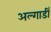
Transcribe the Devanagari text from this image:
अल्गार्डी